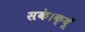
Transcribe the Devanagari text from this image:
सके।क्यूँ